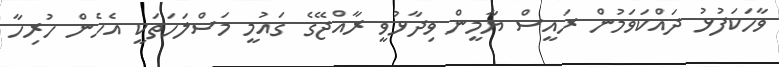
ވާހަކަފުޅު ދައްކަވަމުން ރައީސް ޔާމީން ވިދާޅުވީ ރާއްޖޭގެ ގައުމީ މަސްލަހަތަކީ އެހެން ހުރިހާ